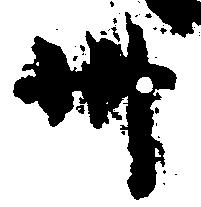
卅